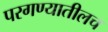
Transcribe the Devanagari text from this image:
परगण्यातीलच